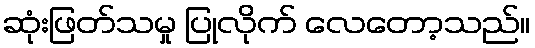
ဆုံးဖြတ်သမှု ပြုလိုက် လေတော့သည်။